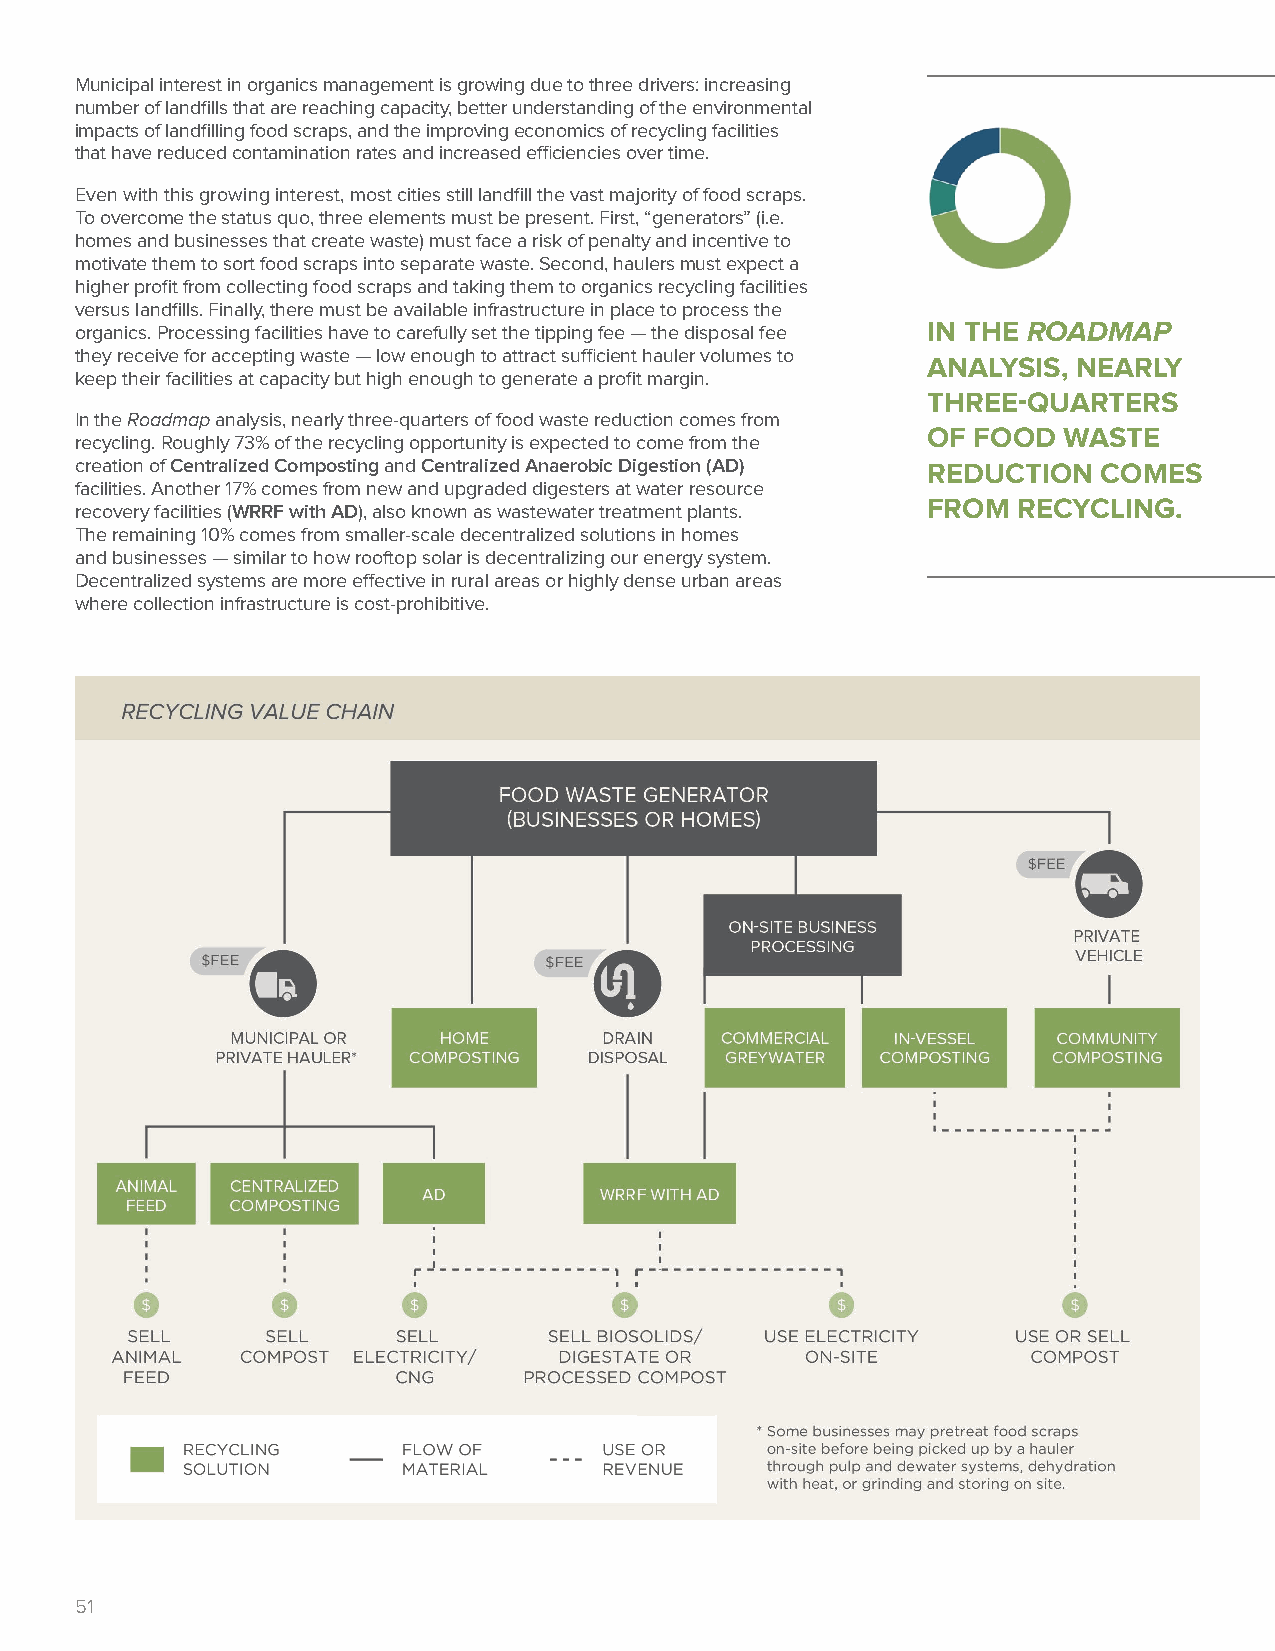
Municipal interest in organics management is growing due to three drivers: increasing
 number of landfills that are reaching capacity, better understanding of the environmental
 impacts of landfilling food scraps, and the improving economics of recycling facilities
 that have reduced contamination rates and increased efficiencies over time.
 Even with this growing interest, most cities still landfill the vast majority of food scraps.
 To overcome the status quo, three elements must be present. First, “generators” (i.e.
 homes and businesses that create waste) must face a risk of penalty and incentive to
 motivate them to sort food scraps into separate waste. Second, haulers must expect a
 higher profit from collecting food scraps and taking them to organics recycling facilities
 versus landfills. Finally, there must be available infrastructure in place to process the
 organics. Processing facilities have to carefully set the tipping fee — the disposal fee IN THE ROADMAP
 they receive for accepting waste — low enough to attract sufficient hauler volumes to
 ANALYSIS, NEARLY
 keep their facilities at capacity but high enough to generate a profit margin.
 THREE-QUARTERS
 In the Roadmap analysis, nearly three-quarters of food waste reduction comes from
 OF FOOD  WASTE
 recycling. Roughly 73% of the recycling opportunity is expected to come from the
 creation of Centralized Composting and Centralized Anaerobic Digestion (AD) REDUCTION COMES
 facilities. Another 17% comes from new and upgraded digesters at water resource
 recovery facilities (WRRF with AD), also known as wastewater treatment plants. FROM RECYCLING.
 The remaining 10% comes from smaller-scale decentralized solutions in homes
 and businesses — similar to how rooftop solar is decentralizing our energy system.
 Decentralized systems are more effective in rural areas or highly dense urban areas
 where collection infrastructure is cost-prohibitive.
 51